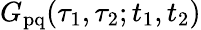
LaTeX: G_{\mathrm{pq}}(\tau_{1},\tau_{2};t_{1},t_{2})